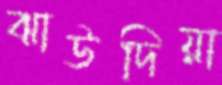
ঝাউদিয়া